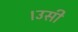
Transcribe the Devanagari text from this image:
।उसी